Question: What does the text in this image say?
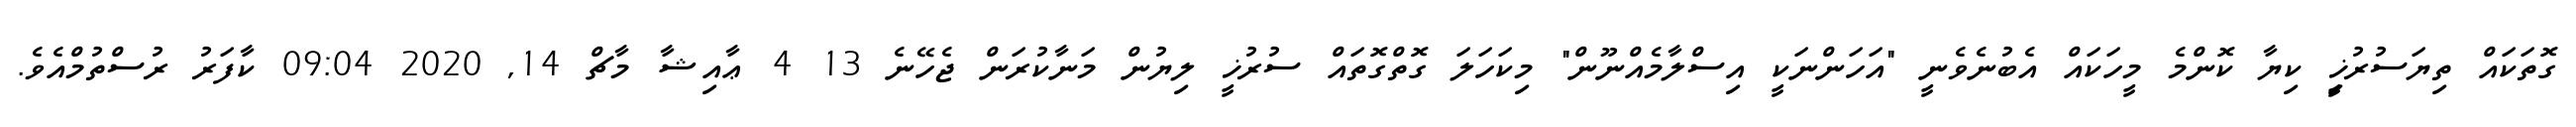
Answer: ގޮތަކައް ތިޔަސުރުޚީި ކިޔާ ކޮންމެ މީހަކައް އެބުނެވެނީ "އަހަންނަކީ އިސްލާމެއްނޫން" މިކަހަލަ ގޮތްގޮތައް ސުރުޚީ ލިޔުން މަނާކުރަން ޖެހޭނެ 13 4 ޢާއިޝާ މާޗް 14, 2020 09:04 ކާފަރު ރުސްތުމްއެވެ.